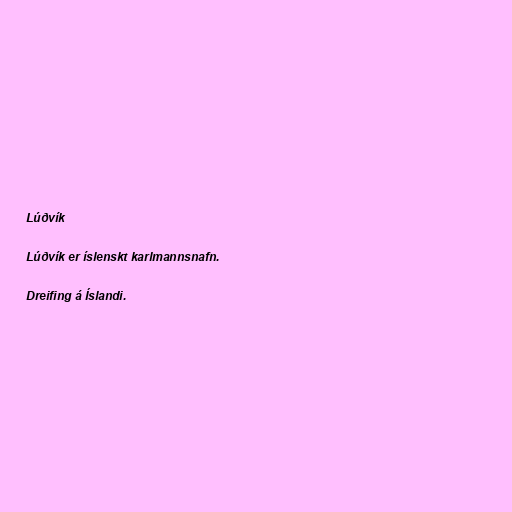
Lúðvík

Lúðvík er íslenskt karlmannsnafn.

Dreifing á Íslandi.